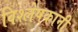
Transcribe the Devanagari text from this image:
विश्लेषकांनी